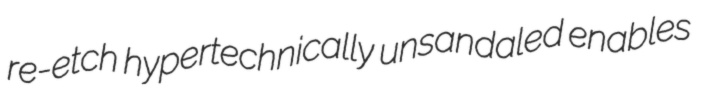
re-etch hypertechnically unsandaled enables